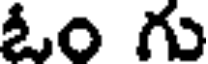
ఓం గు